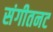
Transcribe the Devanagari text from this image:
संगीतनट